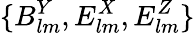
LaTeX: {\{ B_{lm}^{Y},E_{lm}^{X},E_{lm}^{Z}\} }